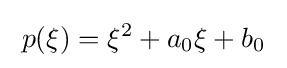
\;p(\xi )=\xi ^{2}+a_{0}\xi +b_{0}\;